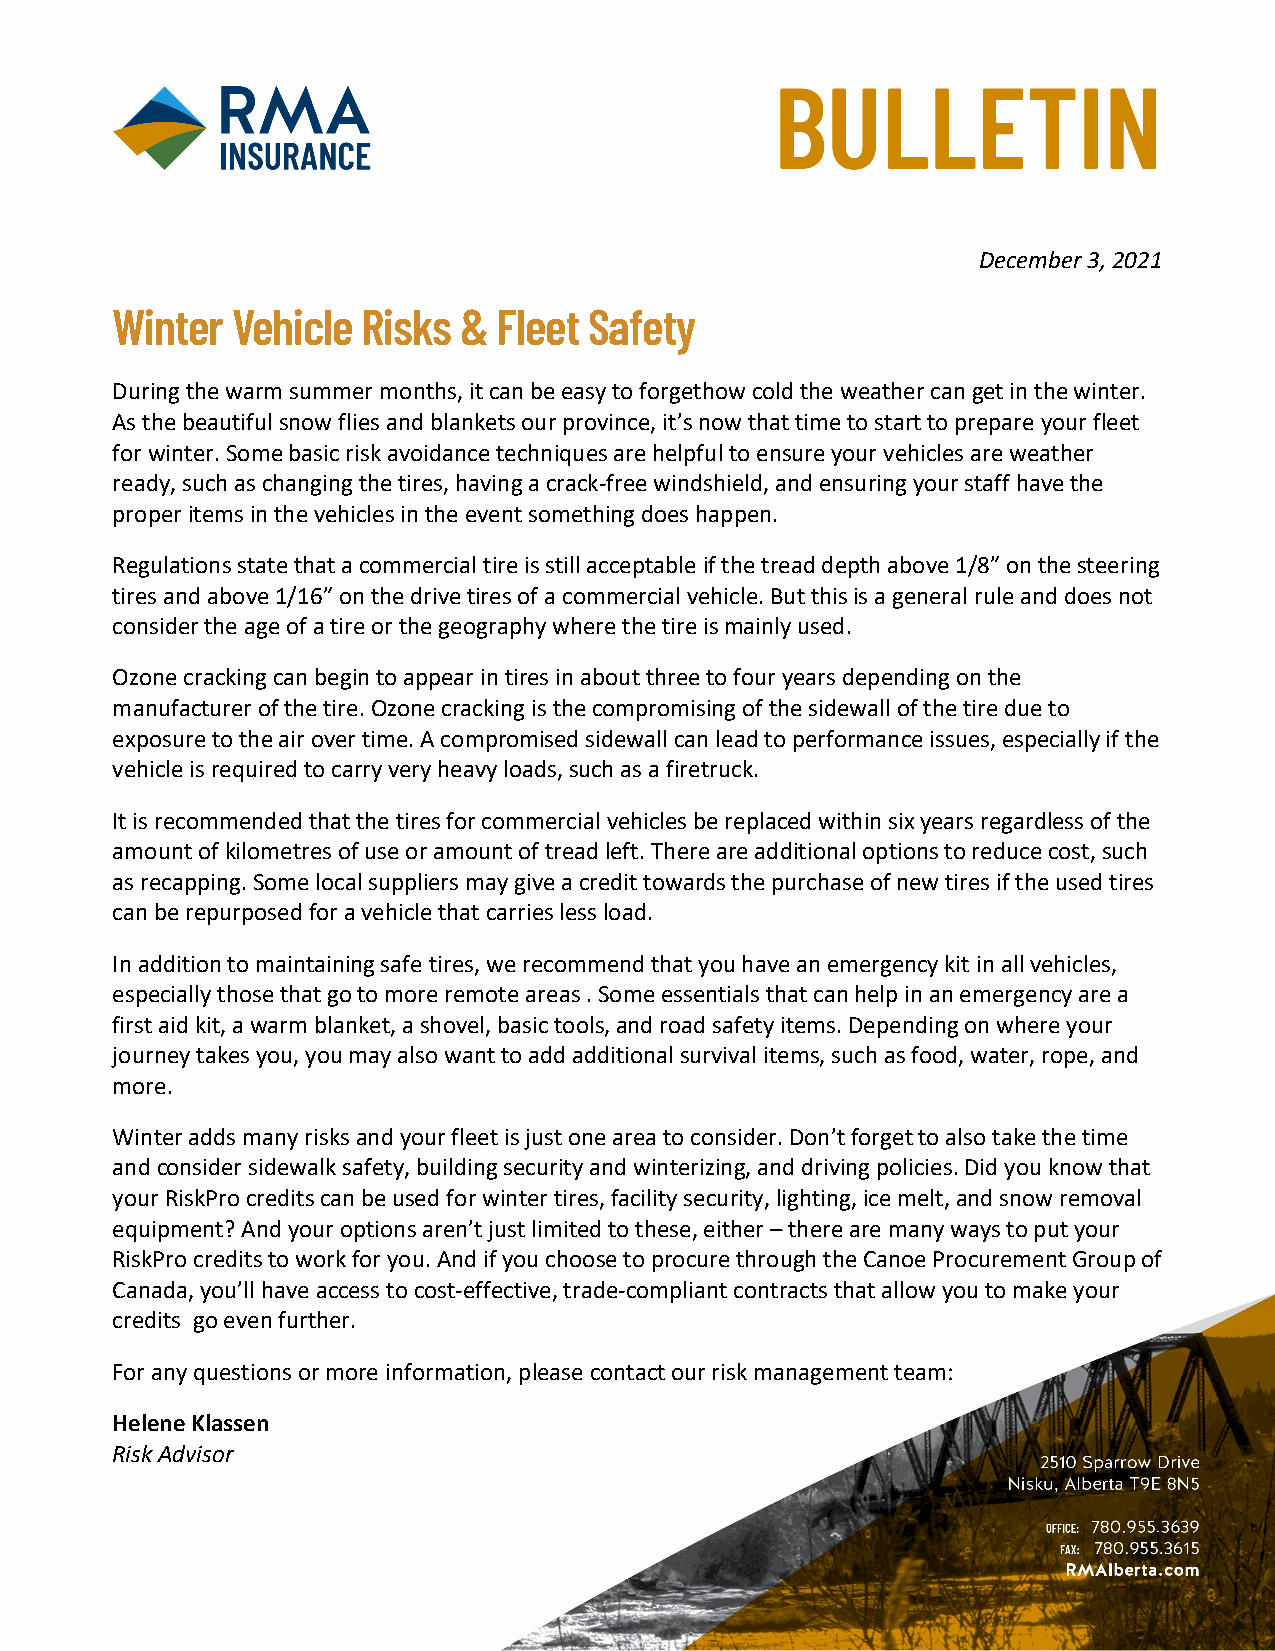
December 3, 2021
 Winter  Vehicle  Risks &  Fleet Safety
 During the warm summer months, it can be easy to forgethow cold the weather can get in the winter.
 As the beautiful snow flies and blankets our province, it’s now that time to start to prepare your fleet
 for winter. Some basic risk avoidance techniques are helpful to ensure your vehicles are weather
 ready, such as changing the tires, having a crack-free windshield, and ensuring your staff have the
 proper items in the vehicles in the event something does happen.
 Regulations state that a commercial tire is still acceptable if the tread depth above 1/8” on the steering
 tires and above 1/16” on the drive tires of a commercial vehicle. But this is a general rule and does not
 consider the age of a tire or the geography where the tire is mainly used.
 Ozone cracking can begin to appear in tires in about three to four years depending on the
 manufacturer of the tire. Ozone cracking is the compromising of the sidewall of the tire due to
 exposure to the air over time. A compromised sidewall can lead to performance issues, especially if the
 vehicle is required to carry very heavy loads, such as a firetruck.
 It is recommended that the tires for commercial vehicles be replaced within six years regardless of the
 amount of kilometres of use or amount of tread left. There are additional options to reduce cost, such
 as recapping. Some local suppliers may give a credit towards the purchase of new tires if the used tires
 can be repurposed for a vehicle that carries less load.
 In addition to maintaining safe tires, we recommend that you have an emergency kit in all vehicles,
 especially those that go to more remote areas . Some essentials that can help in an emergency are a
 first aid kit, a warm blanket, a shovel, basic tools, and road safety items. Depending on where your
 journey takes you, you may also want to add additional survival items, such as food, water, rope, and
 more.
 Winter adds many risks and your fleet is just one area to consider. Don’t forget to also take the time
 and consider sidewalk safety, building security and winterizing, and driving policies. Did you know that
 your RiskPro credits can be used for winter tires, facility security, lighting, ice melt, and snow removal
 equipment? And your options aren’t just limited to these, either – there are many ways to put your
 RiskPro credits to work for you. And if you choose to procure through the Canoe Procurement Group of
 Canada, you’ll have access to cost-effective, trade-compliant contracts that allow you to make your
 credits go even further.
 For any questions or more information, please contact our risk management team:
 Helene Klassen
 Risk Advisor
 1